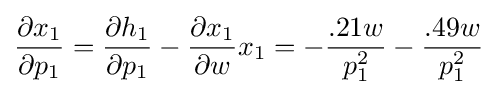
{\frac {\partial x_{1}}{\partial p_{1}}}={\frac {\partial h_{1}}{\partial p_{1}}}-{\frac {\partial x_{1}}{\partial w}}x_{1}=-{\frac {.21w}{p_{1}^{2}}}-{\frac {.49w}{p_{1}^{2}}}